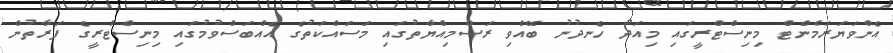
އެންވަޔަރަމެންޓް މިނިސްޓްރީގައި މިއަދު ހެނދުނު ބޭއްވި ރަސްމިއްޔާތުގައި މަސައްކަތުގެ އެއްބަސްވުމުގައި މިނިސްޓްރީގެ ފަރާތުން